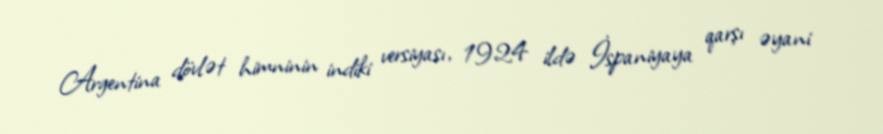
Argentina dövlət himninin indiki versiyası, 1924 ildə İspaniyaya qarşı əyani